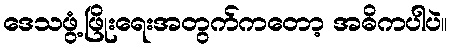
ဒေသဖွံ့ဖြိုးရေးအတွက်ကတော့ အဓိကပါပဲ။